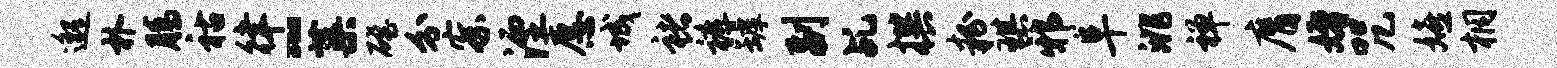
邈朴腾祜律~蕖磴分察湮愿城褚裤罅副乩撰粉琪邪阜洮禅膺婚咒嬉桐